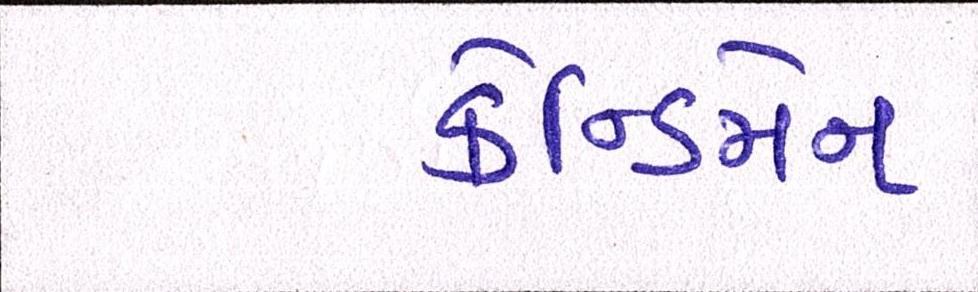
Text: કેન્ડિમેન